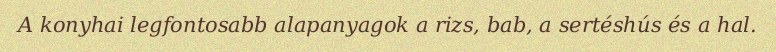
A konyhai legfontosabb alapanyagok a rizs, bab, a sertéshús és a hal.